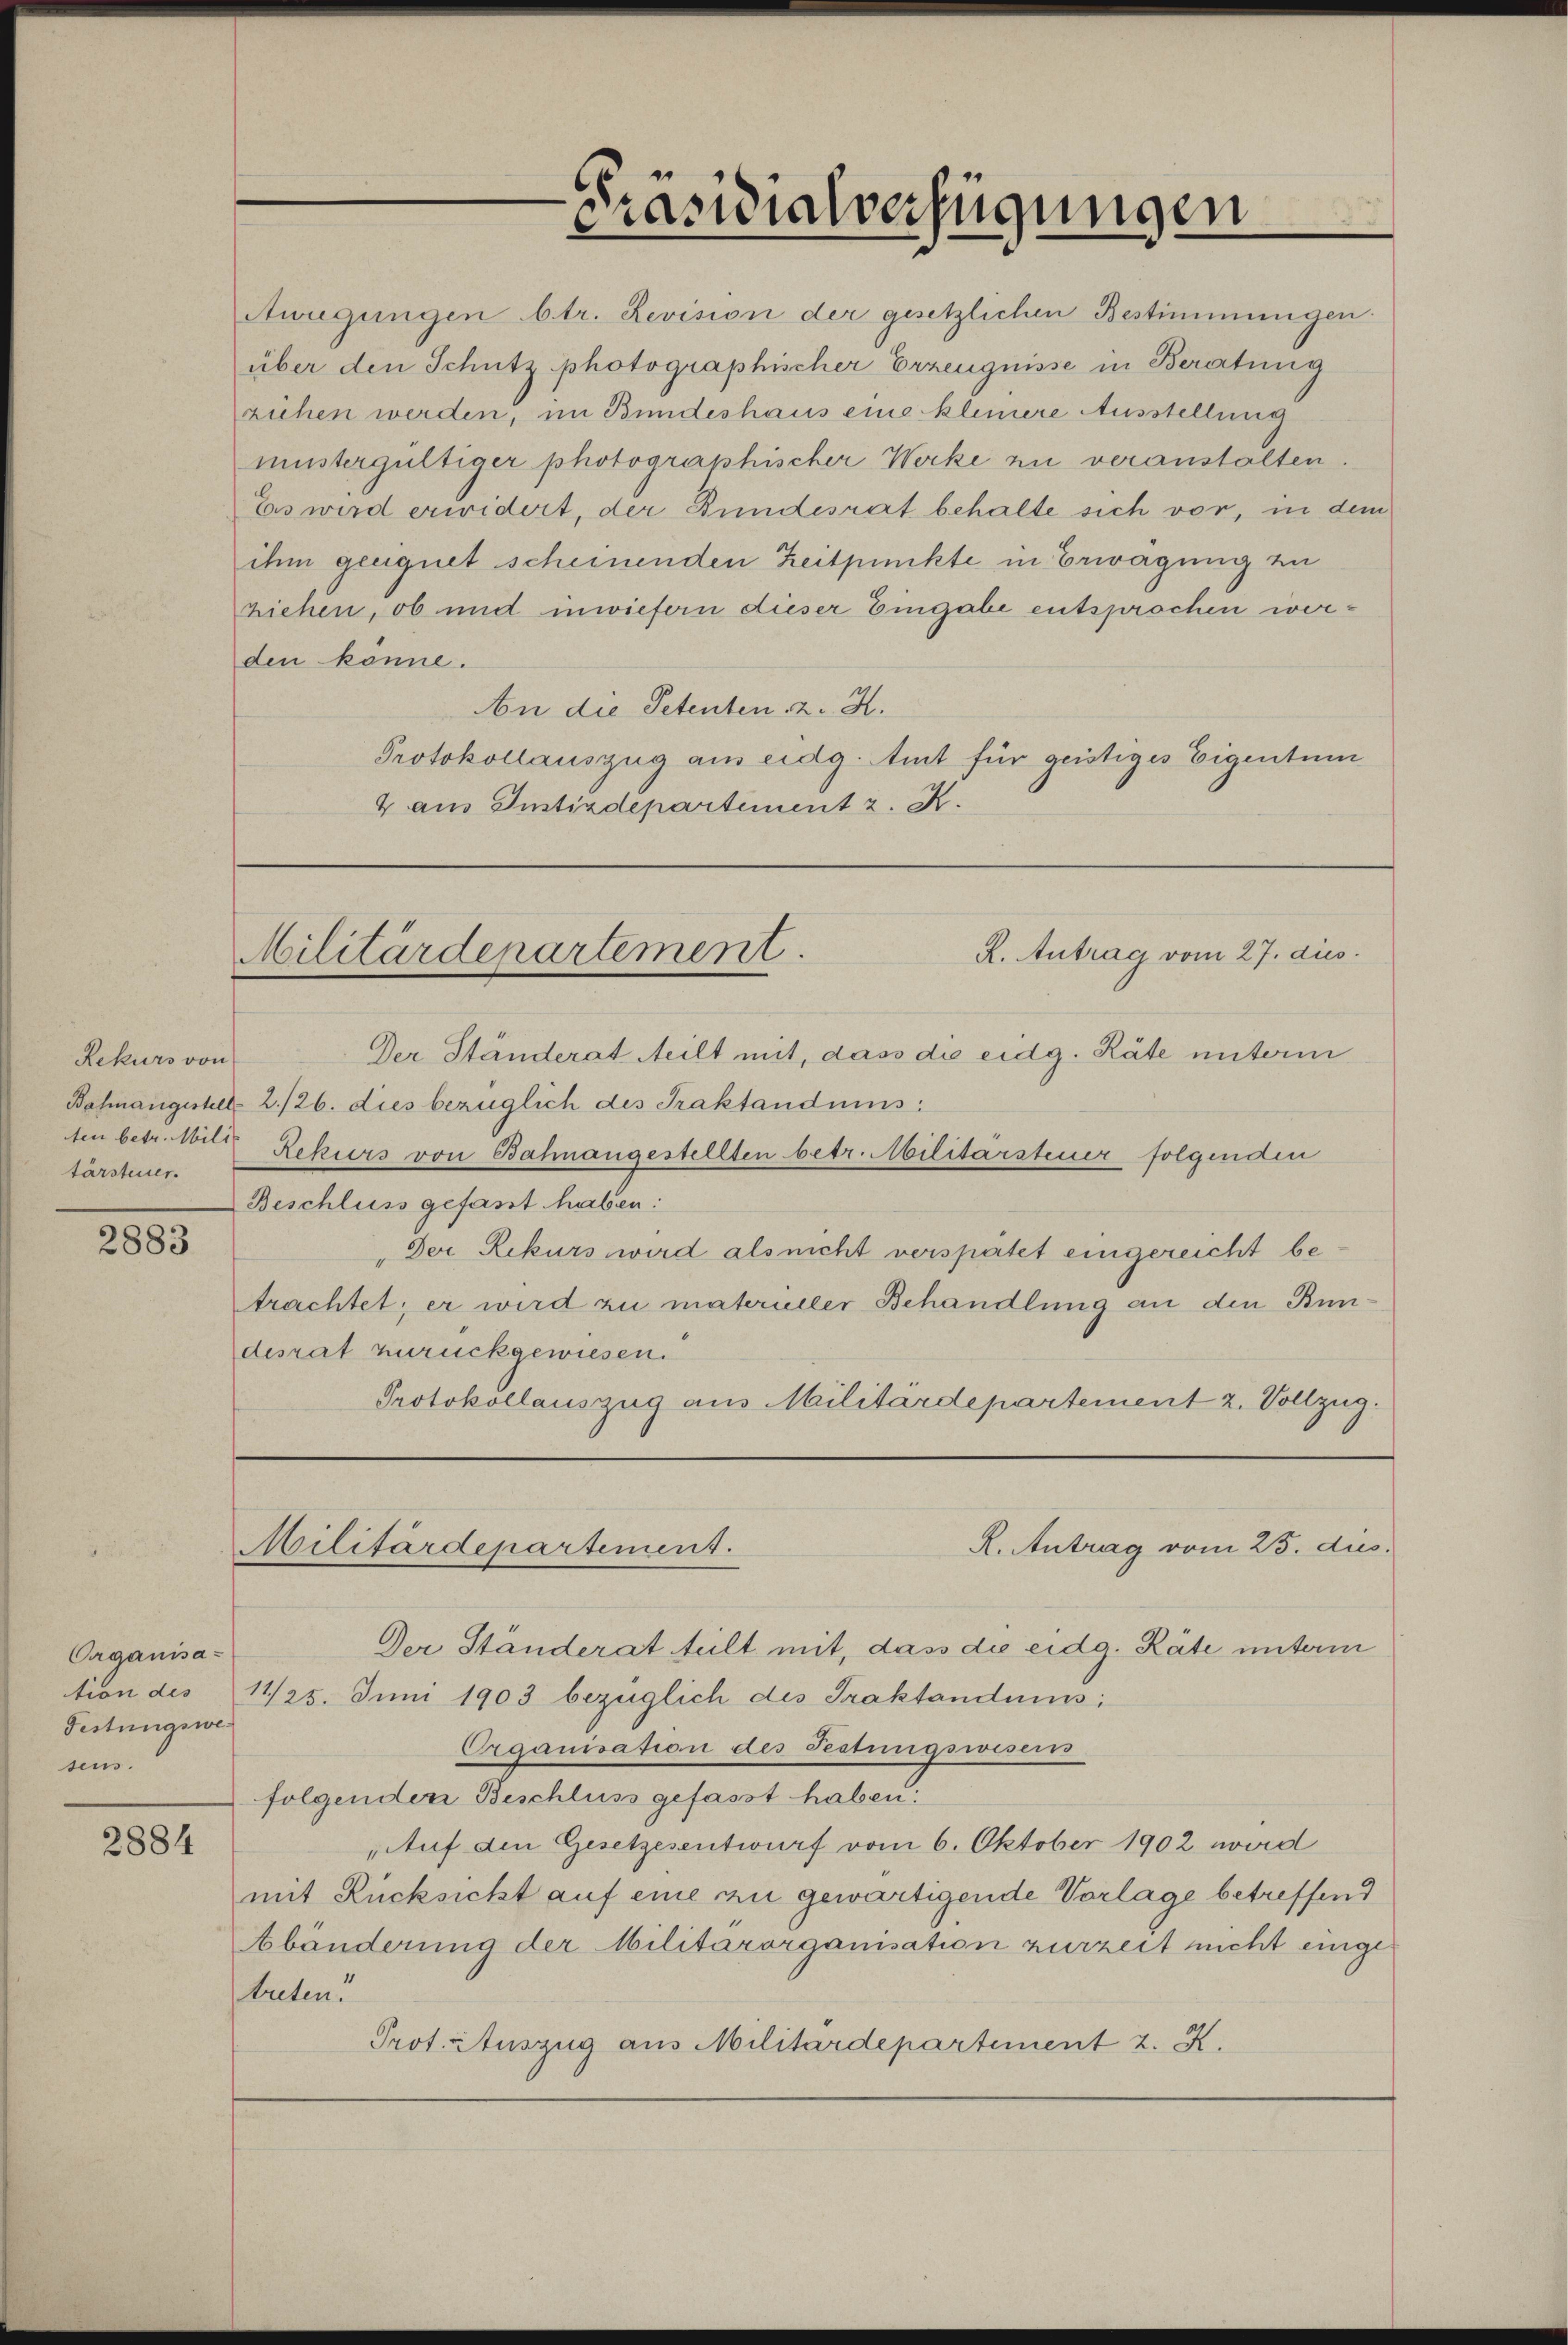
Rekurs von
tärsteuer.

2883

Organisa-
Festungswesens.

2884

Awregungen btr. Revision der gesetzlichen Bestimmungen.
über den Schutz photographischer Erzeugnisse in Beratung
ziehen werden, im Bundeshaus eine kleinere Ausstellung
mustergültiger photographischer Werke zu veranstalten.
Es wird erwidert, der Bundesrat behalte sich vor, in dem
ihm geeignet scheinenden Zeitpunkte in Erwägung zu
ziehen, ob und inwiefern dieser Eingabe entsprochen werden könne.
An die Petenten z. K.
Protokollauszug am eidg. Amt für geistiges Eigentum
4 aus Justizdepartement z. K.

Präsidialverfügungen

R. Antrag vom 27. aus.
Militärdepartement.

Der Ständerat teilt mit, dass die eidg. Räte unterm
Bahnangestell 2./26. dies bezüglich des Praktandnis:
ten betr. Witz Rekurs von Bahnangestellten betr. Militärsteuer folgenden
Beschluss gefasst haben:
Der Rekurs wird als nicht verspätet eingereicht betrachtet; er wird zu materüller Behandlung an den Bundesrat zurückgewiesen.
Protokollauszug aus Militärdepartement 2. Vollzug.
R. Antrag vom 25. dus
Militärdepartement.
Der Ständerat teilt mit, dass die eidg. Räte unterm
tion des 11/25. Juni 1903 bezüglich des Traktandniss
Organisation des Festungsweseits
folgenden Beschluss gefasst haben.
Auf den Gesetzesentwurf vom 6. Oktober 1902 wird
mit Rücksicht auf eine zu gewärtigende Vorlage betreffend
Abänderung der Militärorganisation zurzeit nicht eing
treten.
Prot. Auszug aus Militärdepartement 2. X.

e